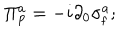
LaTeX: \Pi _ { \mathrm { p } } ^ { a } = - i \partial _ { 0 } \sigma _ { \mathrm { f } } ^ { a } ;